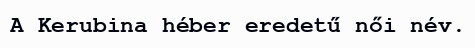
A Kerubina héber eredetű női név.